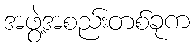
အဖွဲ့အစည်းတစ်ခုက